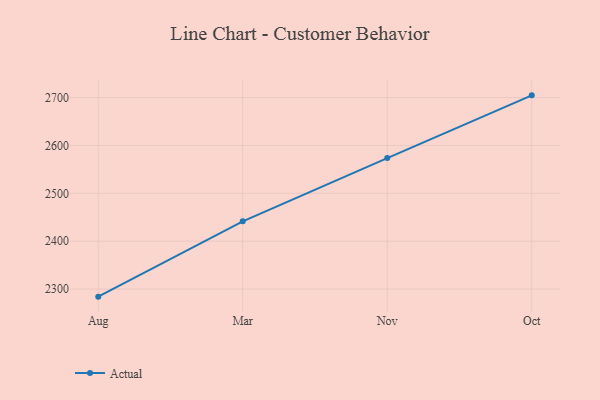
{"axis": {"x": "Month", "y": "Population (Million)"}, "legend": ["Actual"], "data": [{"x": "Aug", "y": 2284.2, "type": "Actual"}, {"x": "Mar", "y": 2441.5, "type": "Actual"}, {"x": "Nov", "y": 2573.5, "type": "Actual"}, {"x": "Oct", "y": 2704.6, "type": "Actual"}]}